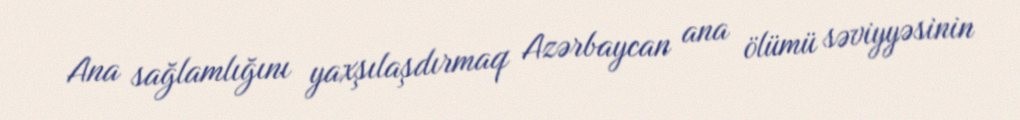
Ana sağlamlığını yaxşılaşdırmaq Azərbaycan ana ölümü səviyyəsinin